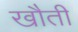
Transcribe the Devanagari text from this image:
खौती